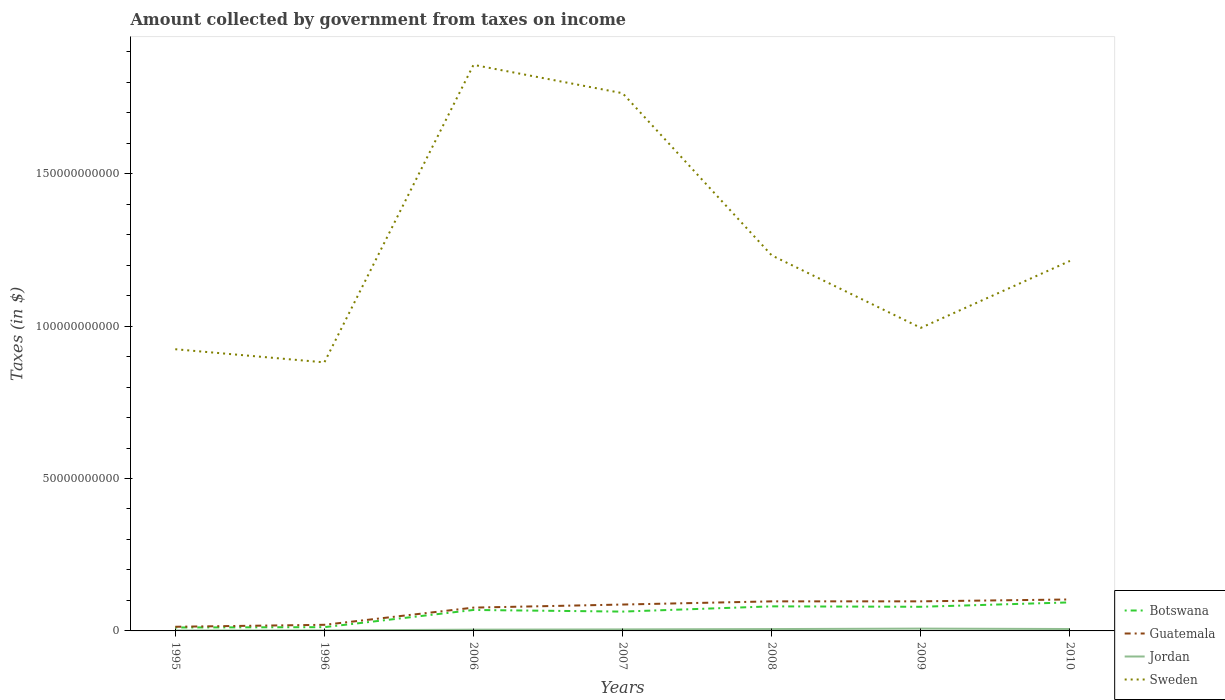
| Years | Botswana | Guatemala | Jordan | Sweden |
 | --- | --- | --- | --- | --- |
 | 1995 | 1.13e+09 | 1.37e+09 | 1.52e+08 | 9.24e+10 |
 | 1996 | 1.23e+09 | 2e+09 | 1.73e+08 | 8.81e+10 |
 | 2006 | 6.88e+09 | 7.65e+09 | 4.11e+08 | 1.86e+11 |
 | 2007 | 6.34e+09 | 8.65e+09 | 4.95e+08 | 1.76e+11 |
 | 2008 | 8.06e+09 | 9.7e+09 | 6.03e+08 | 1.23e+11 |
 | 2009 | 7.92e+09 | 9.71e+09 | 7.65e+08 | 9.94e+10 |
 | 2010 | 9.36e+09 | 1.03e+10 | 6.25e+08 | 1.21e+11 |